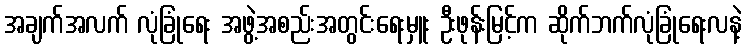
အချက်အလက် လုံခြုံရေး အဖွဲ့အစည်းအတွင်းရေးမှူး ဦးဖုန်းမြင့်က ဆိုက်ဘက်လုံခြုံရေးလနဲ့